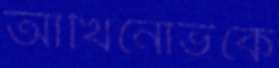
আখিনোভকে